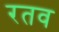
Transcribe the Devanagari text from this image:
रतव